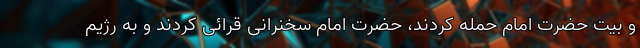
و بیت حضرت امام حمله کردند، حضرت امام سخنرانی قرّائی کردند و به رژیم